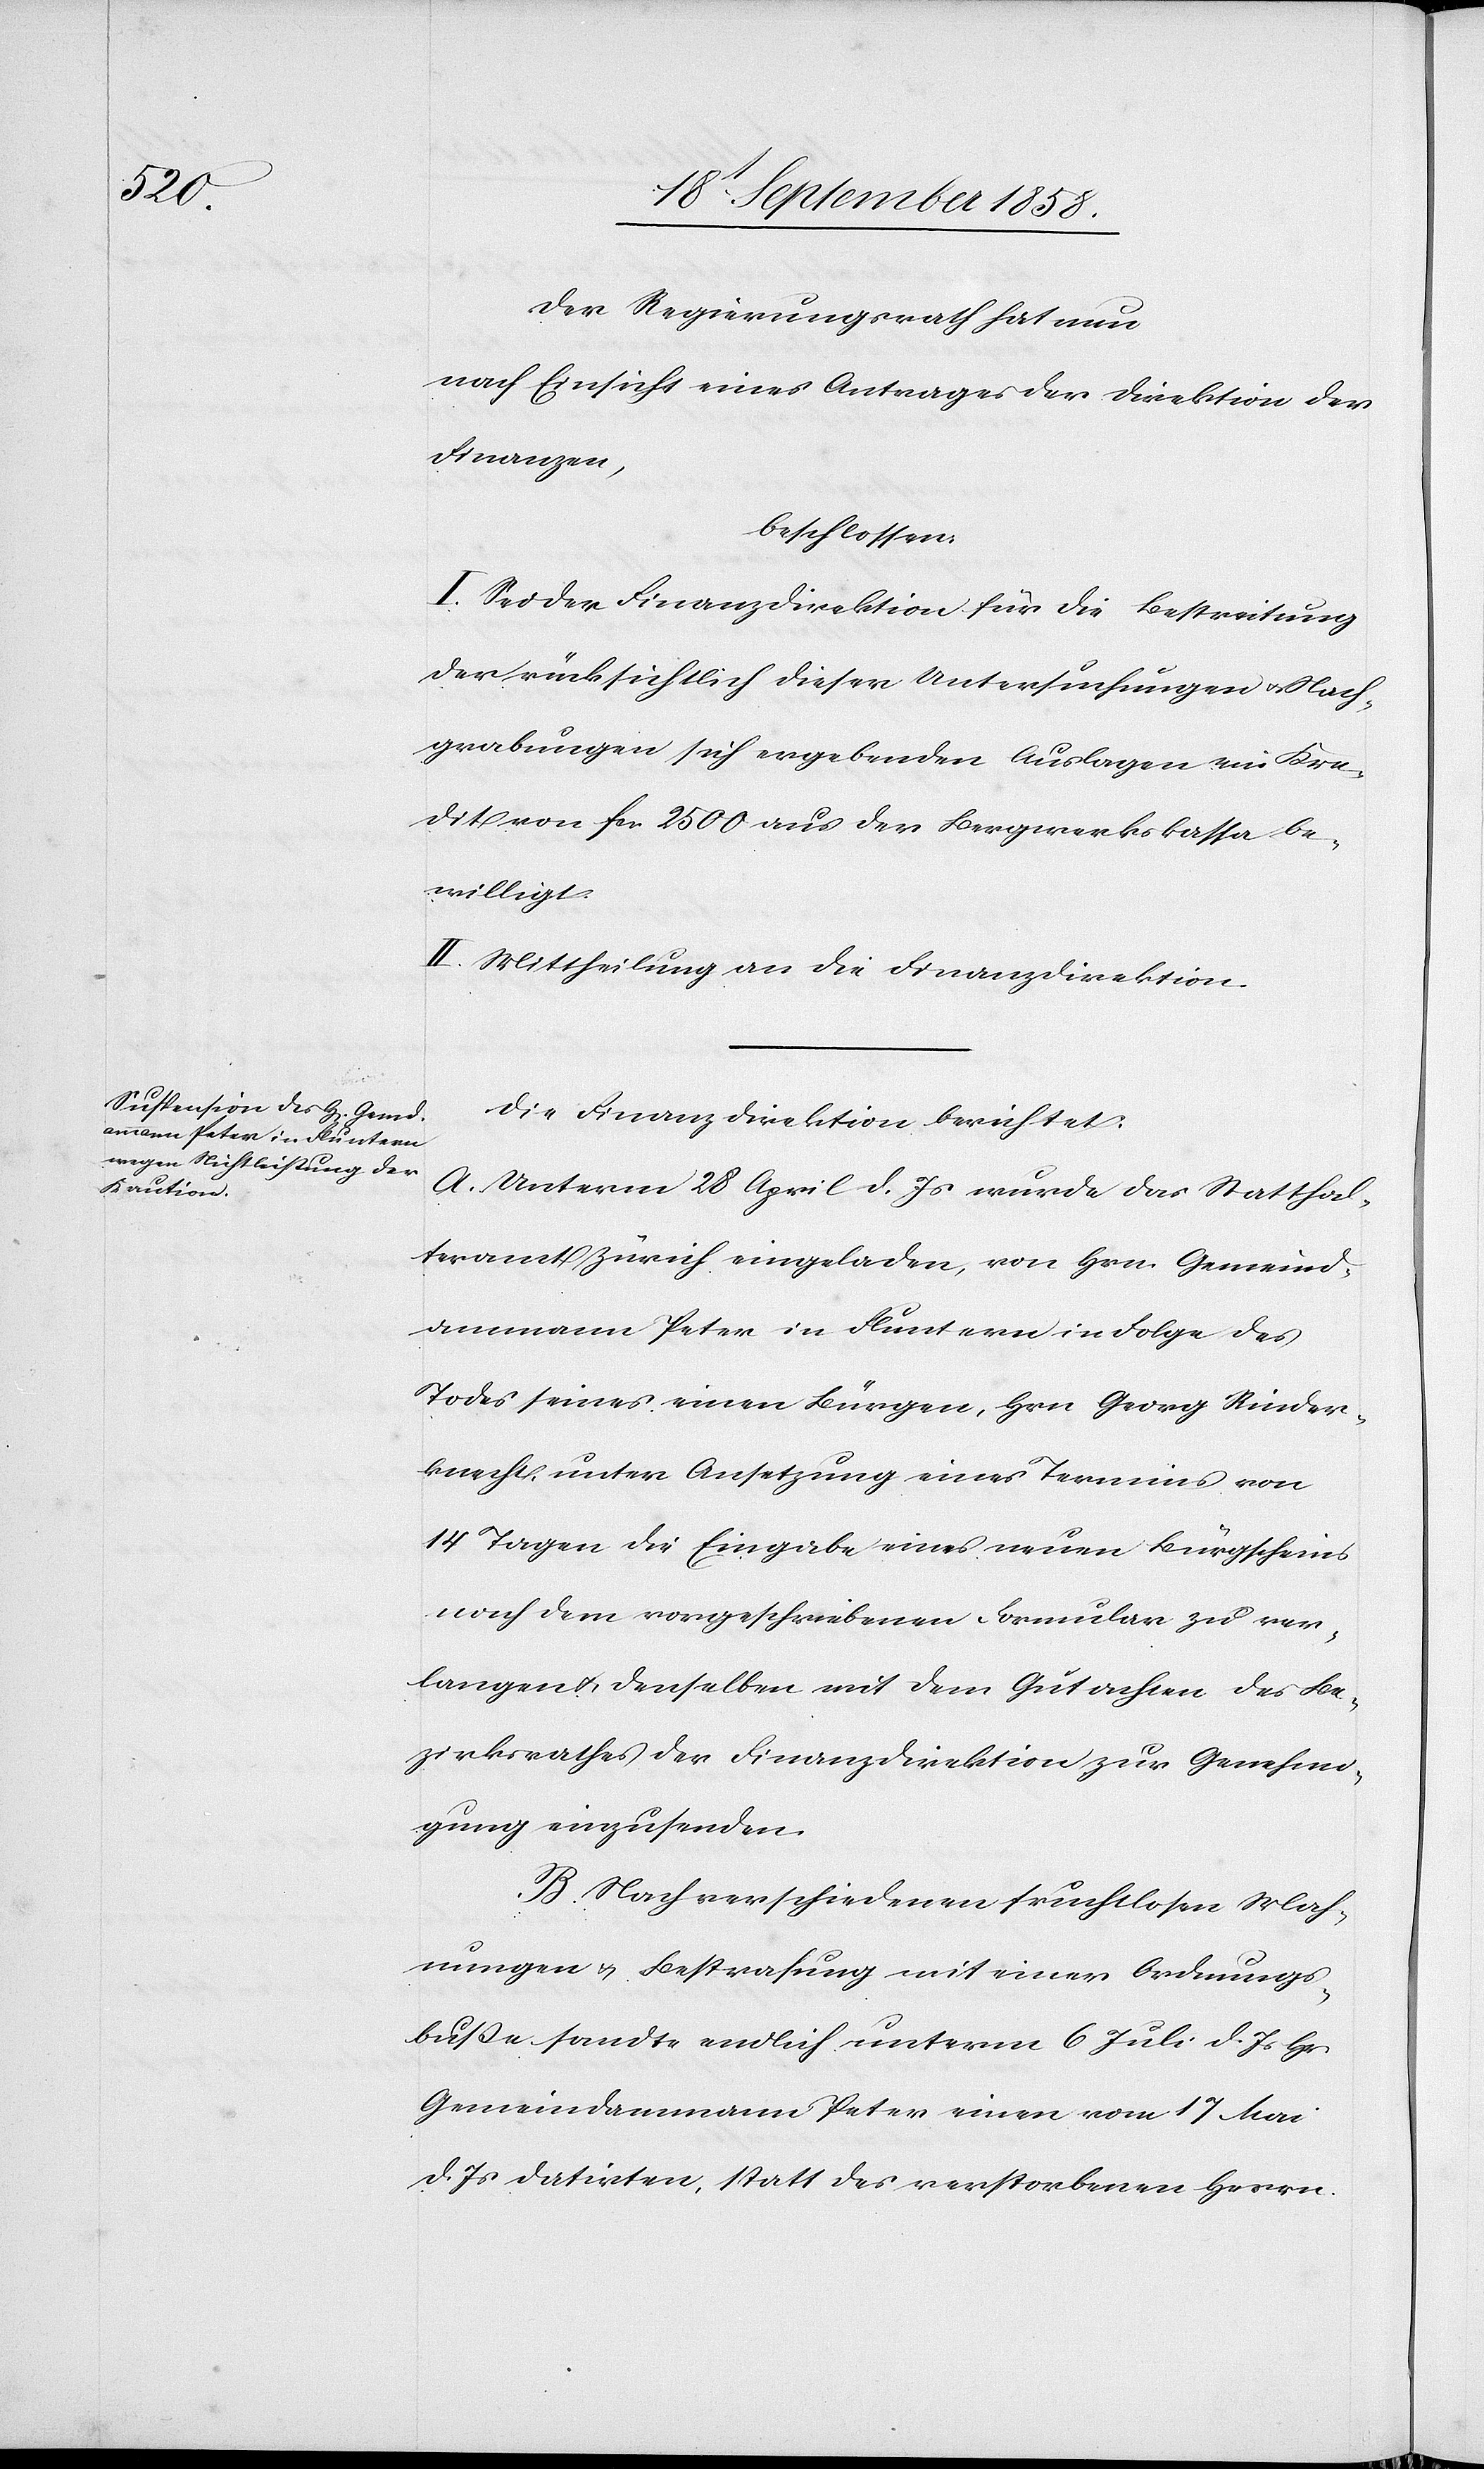
Der Regierungsrath hat nun
nach Einsicht eines Antrages der Direktion der
Finanzen,
beschlossen:
I. Sei der Finanzdirektion für die Bestreitung
der rücksichtlich dieser Untersuchungen & Nach¬
grabungen sich ergebenden Auslagen ein Kre¬
dit von fcs. 2500 aus der Bergwerkskassa be¬
willigt.
II. Mittheilung an die Finanzdirektion.
Die Finanzdirektion berichtet:
A. Unterm 28 April d. Js wurde das Statthal¬
teramt Zürich eingeladen, von Hrn. Gemeind¬
ammann Peter in Fluntern in Folge des
Todes seines einen Bürgen, Hrn. Georg Rinder¬
knecht, unter Ansetzung eines Termins von
14 Tagen die Eingabe eines neuen Bürgscheins
nach dem vorgeschriebenen Formular zu ver¬
langen & denselben mit dem Gutachten des Be¬
zirksrathes der Finanzdirektion zur Genehmi¬
gung einzusenden.
B. Nach verschiedenen fruchtlosen Mah¬
nungen & Bestrafung mit einer Ordnungs¬
buße sandte endlich unterm 6 Juli d. Js Hr.
Gemeindammann Peter einen vom 17 Mai
d. Js datirten, statt des verstorbenen Herrn